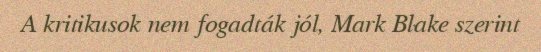
A kritikusok nem fogadták jól, Mark Blake szerint